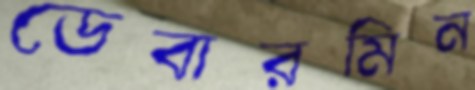
ডেবারমিন